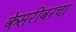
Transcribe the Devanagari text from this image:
केसरीवरचा